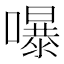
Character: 嚗